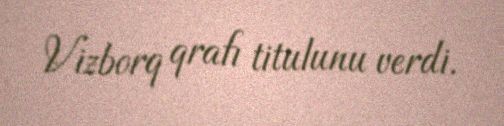
Vizborq qrafı titulunu verdi.